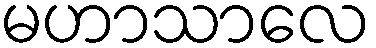
မဟာသာလေ